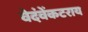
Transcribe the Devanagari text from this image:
वेदंवेंकटराय